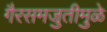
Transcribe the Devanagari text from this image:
गैरसमजुतीमुळे